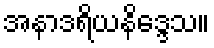
အနာဒရိယနိဒ္ဒေသ။